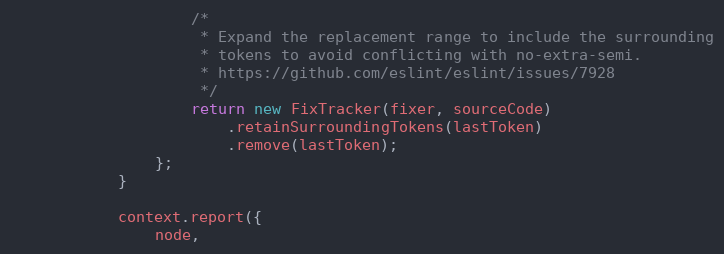
Language: JavaScript
                    /*
                     * Expand the replacement range to include the surrounding
                     * tokens to avoid conflicting with no-extra-semi.
                     * https://github.com/eslint/eslint/issues/7928
                     */
                    return new FixTracker(fixer, sourceCode)
                        .retainSurroundingTokens(lastToken)
                        .remove(lastToken);
                };
            }

            context.report({
                node,